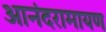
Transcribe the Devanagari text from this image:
आनंदरामायण